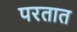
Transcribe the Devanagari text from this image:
परतात